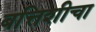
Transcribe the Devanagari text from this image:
बत्तिशीचा